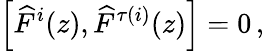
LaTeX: \left[\widehat{F}^{i}(z),\widehat{F}^{\tau(i)}(z)\right]=0\, ,